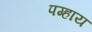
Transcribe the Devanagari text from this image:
पग्हाय